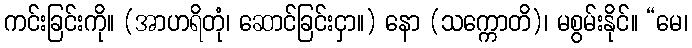
ကင်းခြင်းကို။ (အာဟရိတုံ၊ ဆောင်ခြင်းငှာ။) နော (သက္ကောတိ)၊ မစွမ်းနိုင်။ “မေ၊